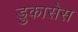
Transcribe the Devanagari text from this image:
डुकासेस